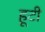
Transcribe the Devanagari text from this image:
हूटी